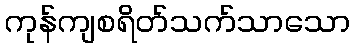
ကုန်ကျစရိတ်သက်သာသော